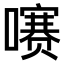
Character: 𫬐